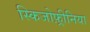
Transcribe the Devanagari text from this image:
स्किजोफ़्रीनिया